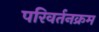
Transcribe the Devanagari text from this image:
परिवर्तनक्रम